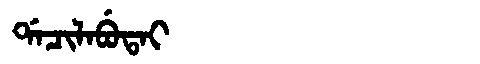
Manchu: ᡩᠠᠴᡳᠯᠠᠪᡠᡨᠠᡳ
Romanization: DACILABUTAI